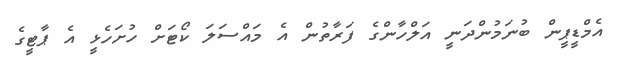
އެމްޑީޕީން ބުނަމުންދަނީ އަލްހާންގެ ފަރާތުން އެ މައްސަލަ ކޯޓަށް ހުށަހެޅީ އެ ޕާޓީގެ